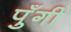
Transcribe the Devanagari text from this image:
पुँगी